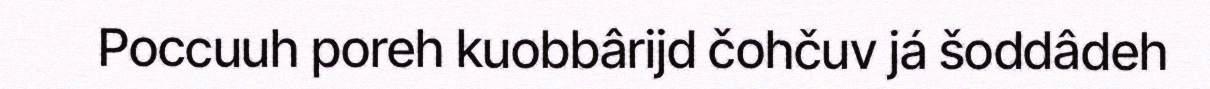
Poccuuh poreh kuobbârijd čohčuv já šoddâdeh